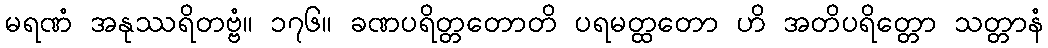
မရဏံ အနုဿရိတဗ္ဗံ။ ၁၇၆။ ခဏပရိတ္တတောတိ ပရမတ္ထတော ဟိ အတိပရိတ္တော သတ္တာနံ